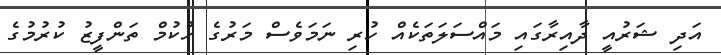
އަދި ޝަރުއީ ދާއިރާގައި މައްސަލަތަކެއް ހުރި ނަމަވެސް މަރުގެ ހުކުމް ތަންފީޒު ކުރުމުގެ